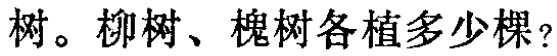
树。柳树、槐树各植多少棵？